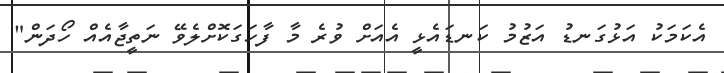
އެކަމަކު އަޅުގަނޑު އަޒުމު ކަނޑައެޅީ އެއަށް ވުރެ މާ ފާހަގަކޮށްލެވޭ ނަތީޖާއެއް ހޯދަން"